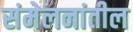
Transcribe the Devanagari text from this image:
संमेलनांतील